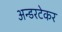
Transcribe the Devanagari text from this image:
अन्डरटेकर